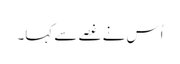
اُس نے غصے سے کہا۔